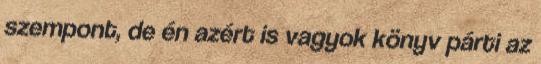
szempont, de én azért is vagyok könyv párti az